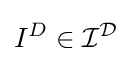
I^{D}\in {\mathcal {I}}^{\mathcal {D}}